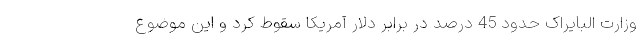
وزارت البایراک حدود 45 درصد در برابر دلار آمریکا سقوط کرد و این موضوع